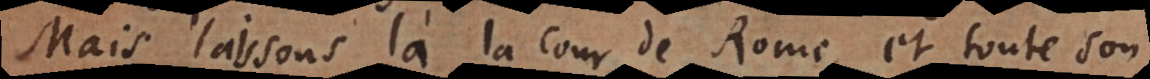
Mais laissons là la cour de Rome, et toute son